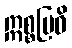
ဣစ္စဗြဝိ